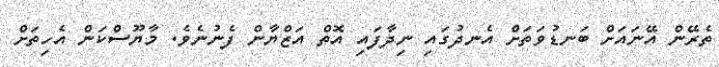
ތެރޭން އޭނައަށް ބަނޑުވަތަށް އެނދުގައި ނިދާފައި އޮތް އަޒްޔާން ފެނުނެވެ. މާޔޫސްކަން އެހިތަށް